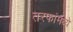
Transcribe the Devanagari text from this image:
तरफांमध्ये